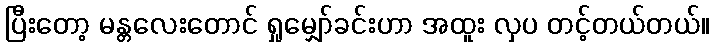
ပြီးတော့ မန္တလေးတောင် ရှုမျှော်ခင်းဟာ အထူး လှပ တင့်တယ်တယ်။